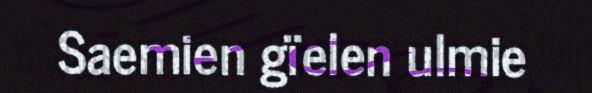
Saemien gïelen ulmie